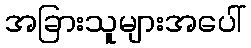
အခြားသူများအပေါ်